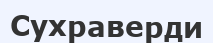
Сухраверди